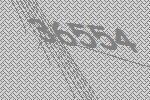
36554